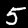
Label: 5